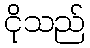
ငိုသည်